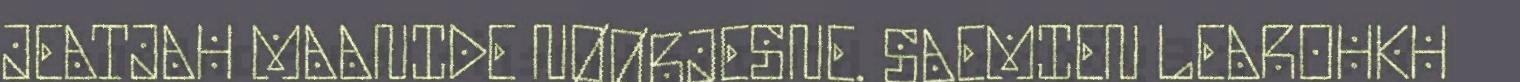
JEATJAH MAANIDE NØØRJESNE. SAEMIEN LEAROHKH